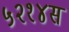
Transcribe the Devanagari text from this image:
५२१४स